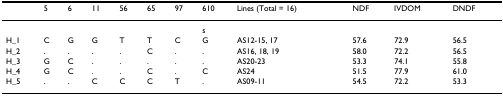
<table><thead><tr><td></td><td><b>5</b></td><td><b>6</b></td><td><b>11</b></td><td><b>56</b></td><td><b>65</b></td><td><b>97</b></td><td><b>610</b></td><td><b>Lines (Total = 16)</b></td><td><b>NDF</b></td><td><b>IVDOM</b></td><td><b>DNDF</b></td></tr></thead><tbody><tr><td></td><td></td><td></td><td></td><td></td><td></td><td></td><td>s</td><td></td><td></td><td></td><td></td></tr><tr><td>H_1</td><td>C</td><td>G</td><td>G</td><td>T</td><td>T</td><td>C</td><td>G</td><td>AS12-15, 17</td><td>57.6</td><td>72.9</td><td>56.5</td></tr><tr><td>H_2</td><td>.</td><td>.</td><td>.</td><td>.</td><td>C</td><td>.</td><td>.</td><td>AS16, 18, 19</td><td>58.0</td><td>72.2</td><td>56.5</td></tr><tr><td>H_3</td><td>G</td><td>C</td><td>.</td><td>.</td><td>.</td><td>.</td><td>.</td><td>AS20-23</td><td>53.3</td><td>74.1</td><td>55.8</td></tr><tr><td>H_4</td><td>G</td><td>C</td><td>.</td><td>.</td><td>C</td><td>.</td><td>C</td><td>AS24</td><td>51.5</td><td>77.9</td><td>61.0</td></tr><tr><td>H_5</td><td>.</td><td>.</td><td>C</td><td>C</td><td>C</td><td>T</td><td>.</td><td>AS09-11</td><td>54.5</td><td>72.2</td><td>53.3</td></tr></tbody></table>